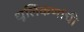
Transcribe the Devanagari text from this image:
धूलिकणांची